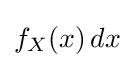
f_{X}(x)\,dx